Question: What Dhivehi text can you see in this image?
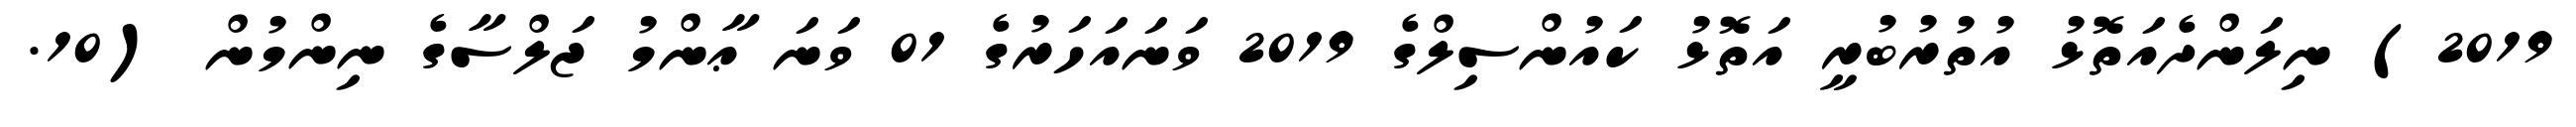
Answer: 2019) ނިލަންދެއަތޮޅު އުތުރުބުރީ އަތޮޅު ކައުންސިލްގެ 2019 ވަނައަހަރުގެ 01 ވަނަ ޢާންމު ޖަލްސާގެ ނިންމުން (10.